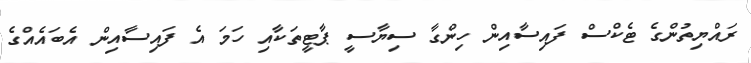
ރައްޔިތުންގެ ޓެކްސް ފައިސާއިން ހިންގާ ސިޔާސީ ޕާޓީތަކާއި ހަމަ އެ ފައިސާއިން އެބައެއްގެ